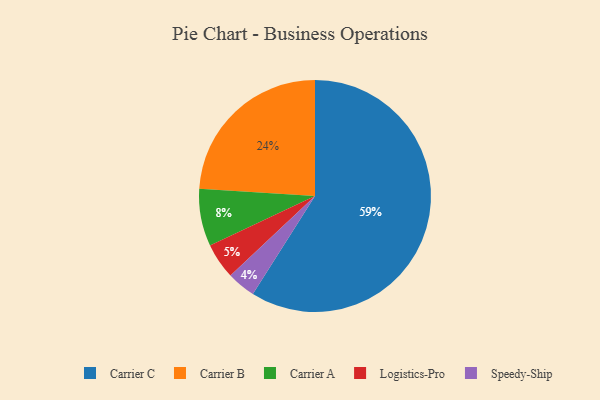
{"axis": {"x": "Category", "y": "Percentage"}, "legend": ["Carrier A", "Carrier B", "Carrier C", "Logistics-Pro", "Speedy-Ship"], "data": [{"x": "Carrier B", "y": 24, "type": "Carrier B"}, {"x": "Carrier C", "y": 59, "type": "Carrier C"}, {"x": "Speedy-Ship", "y": 4, "type": "Speedy-Ship"}, {"x": "Logistics-Pro", "y": 5, "type": "Logistics-Pro"}, {"x": "Carrier A", "y": 8, "type": "Carrier A"}]}